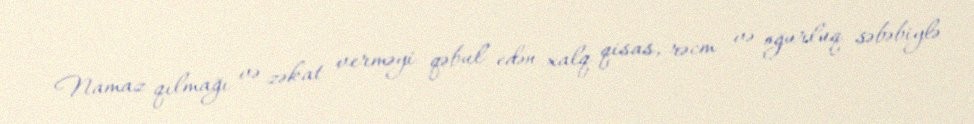
Namaz qılmağı və zəkat verməyi qəbul edən xalq qisas, rəcm və oğurluq səbəbiylə